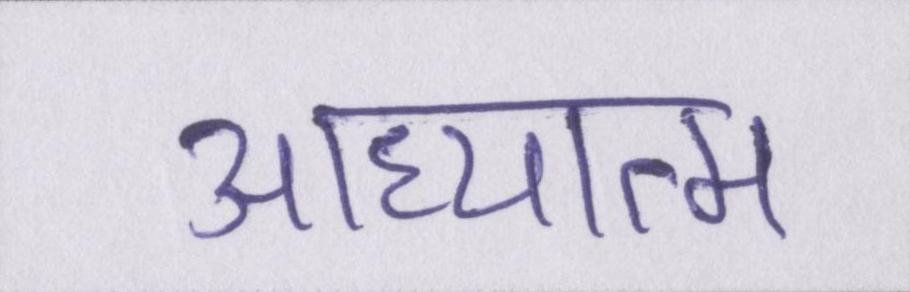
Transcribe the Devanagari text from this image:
आध्यात्म